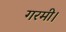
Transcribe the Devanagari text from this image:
गरमी।